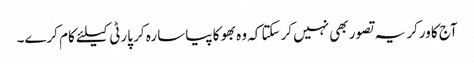
آج کا ورکر یہ تصور بھی نہیں کرسکتا کہ وہ بھوکا پیاسا رہ کر پارٹی کیلئے کام کرے۔